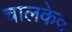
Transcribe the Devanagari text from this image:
चालकेव